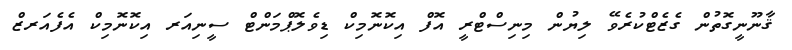
ޤާނޫނީގޮތުން ގެޒެޓްކުރެވޭ ލިޔުން މިނިސްޓްރީ އޮފް އިކޮނޮމިކް ޑިވެލޮޕްމަންޓް ސީނިއަރ އިކޮނޮމިކް އެފެއަރޒް